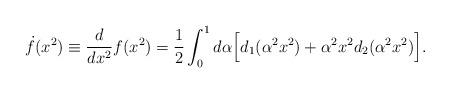
LaTeX: \begin{align*}\dot{f}(x^2)\equiv \frac{d}{dx^2}f(x^2)=\frac{1}{2}\int^1_0d\alpha\Big[d_1(\alpha^2x^2)+\alpha^2x^2d_2(\alpha^2x^2)\Big].\end{align*}